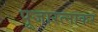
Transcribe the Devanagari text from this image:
पूजारत्नाकर